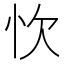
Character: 忺